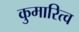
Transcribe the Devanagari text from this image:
कुमारित्व